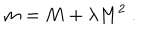
m = M + \lambda M ^ { 2 } ~ .